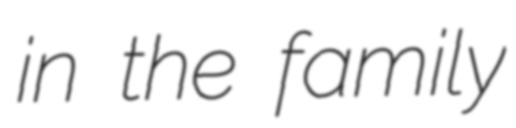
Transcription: in the family